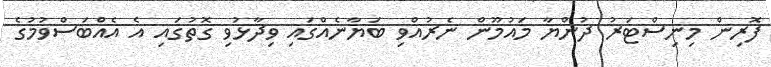
ފޮރިން މިނިސްޓަރު ދުންޔާ މައުމޫން ނެރުއްވި ބަޔާނެއްގައި ވިދާޅުވި ގޮތުގައި އެ އެއްބަސްވުމުގެ